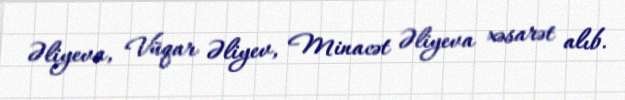
Əliyeva, Vüqar Əliyev, Minacət Əliyeva xəsarət alıb.